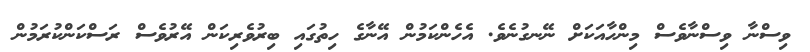
ވިސްނާ ވިސްނާވެސް މިންހާއަކަށް ނޭނގުނެވެ. އެހެންކަމުން އޭނާގެ ހިތުގައި ބިރުވެރިކަން އޭރުވެސް ރަސްކަންކުރަމުން